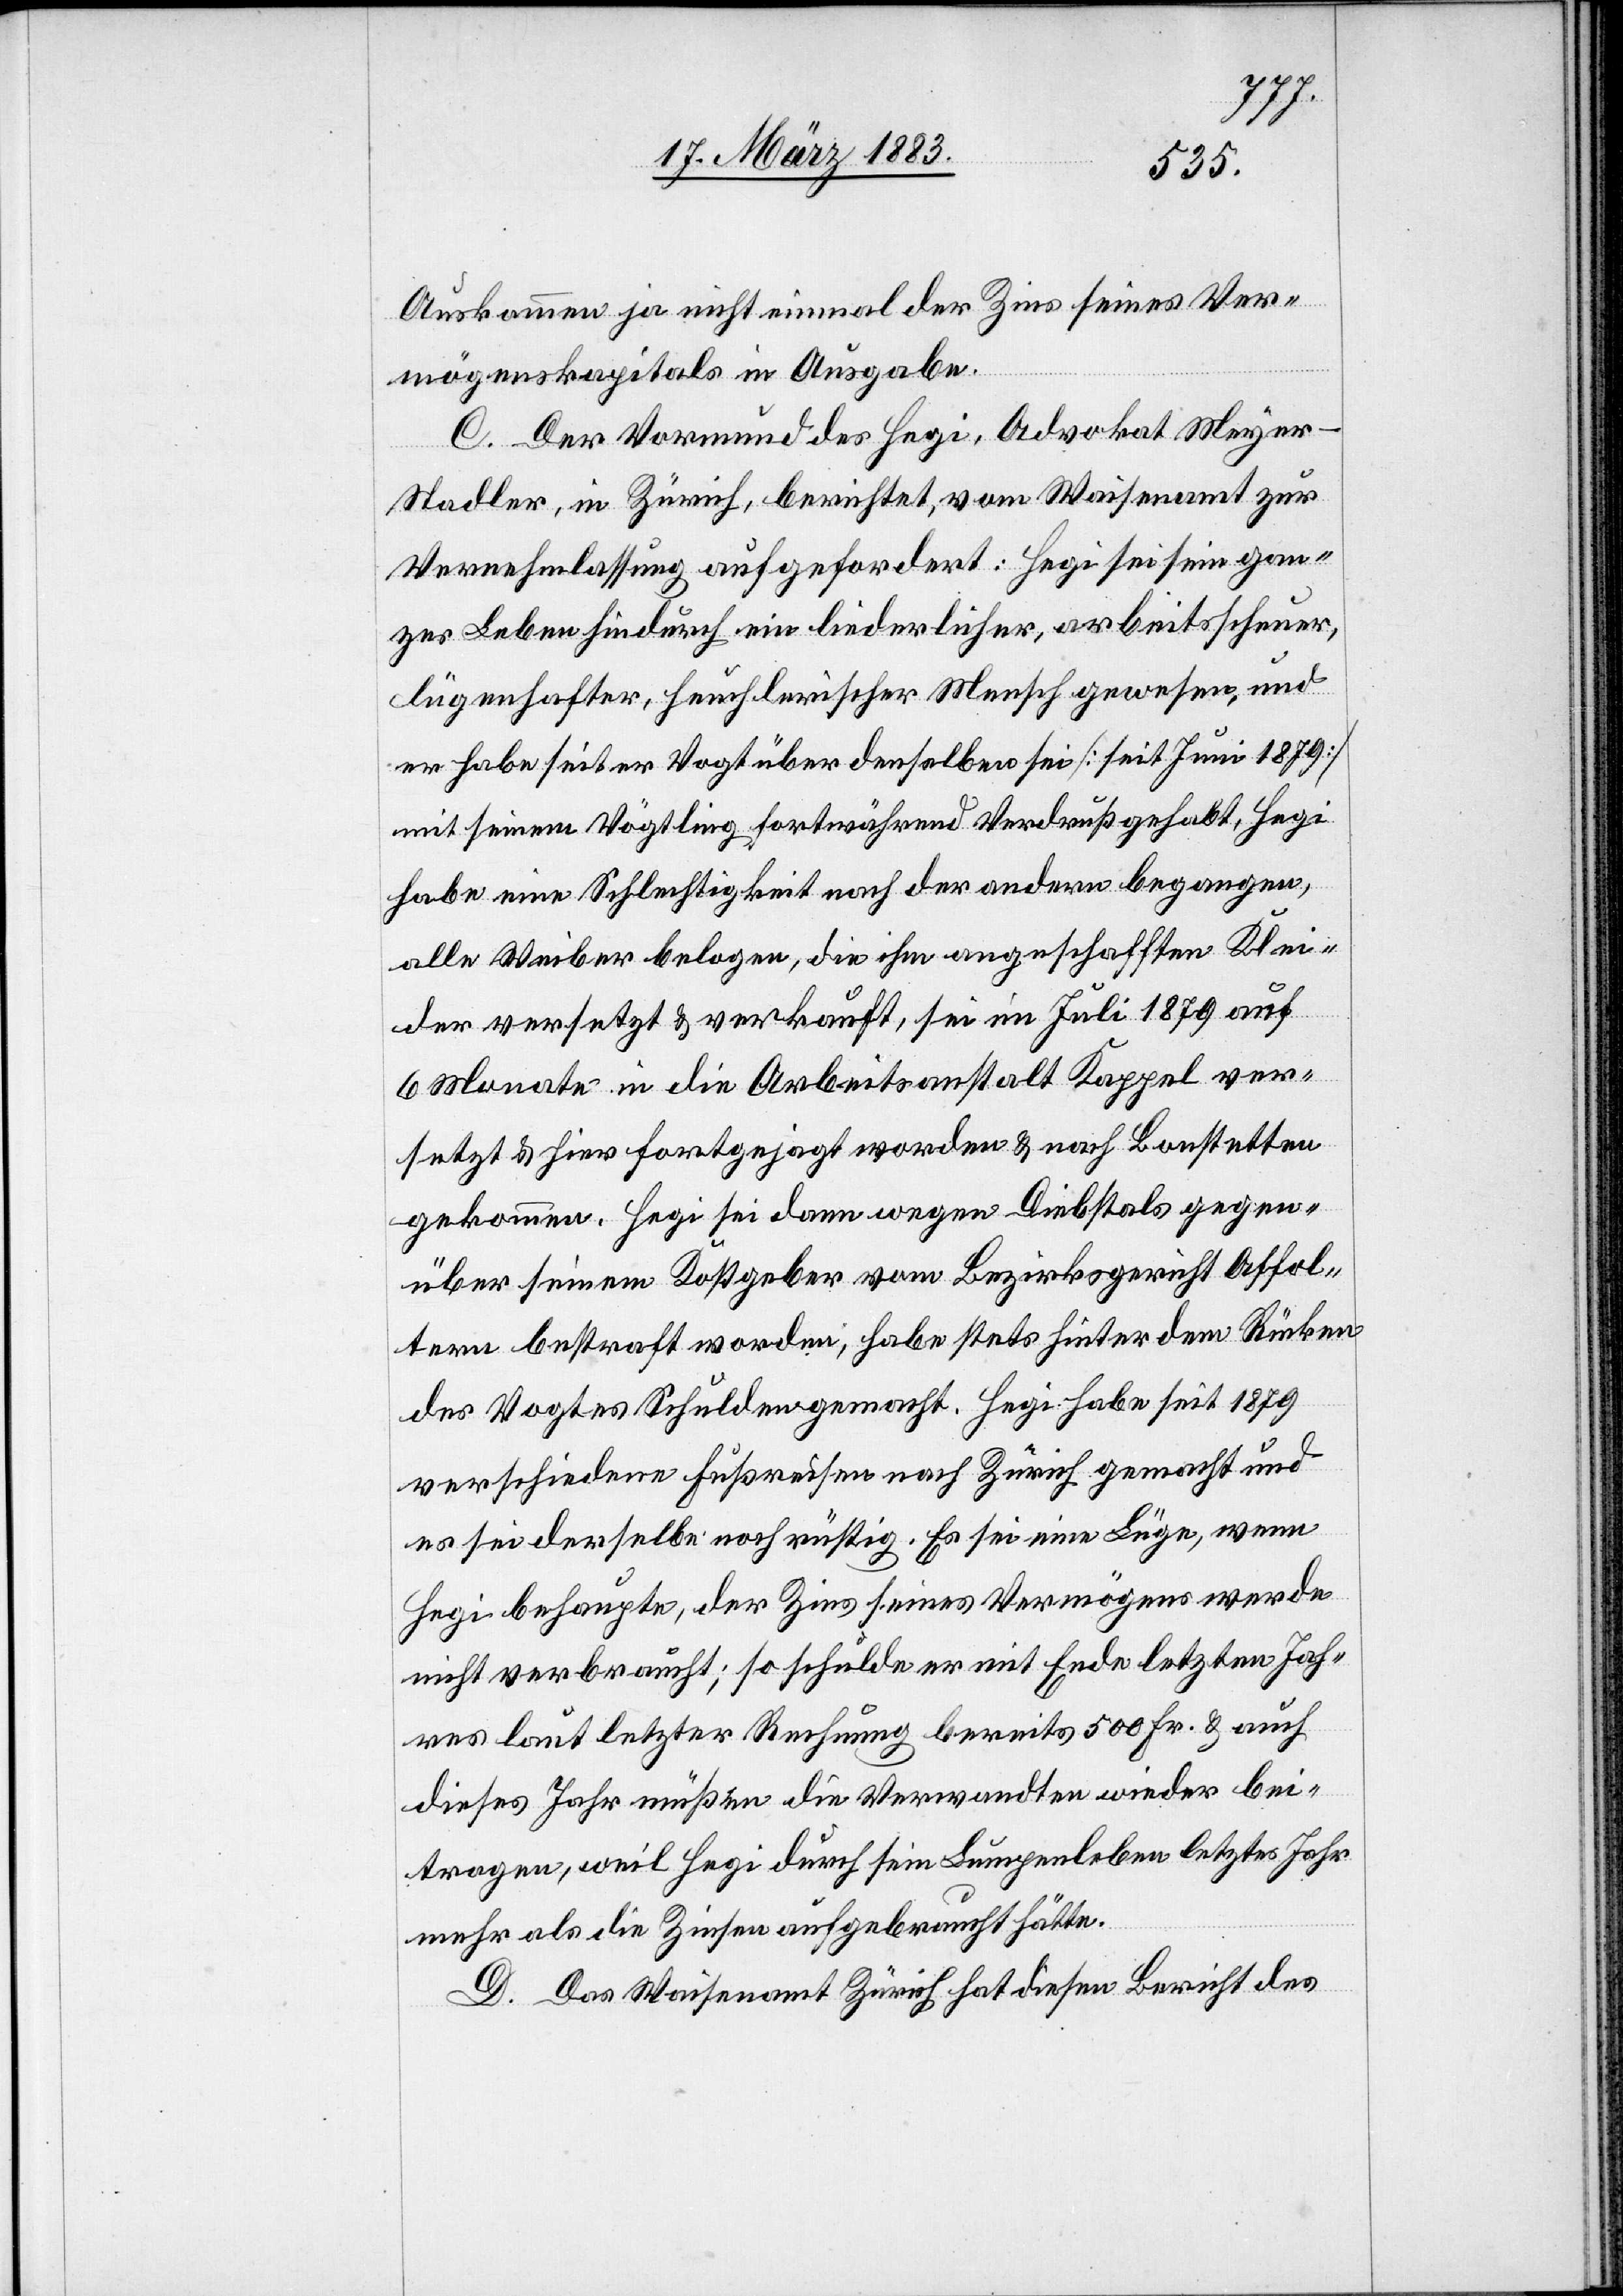
Auskommen ja nicht einmal der Zins seines Ver¬
mögenskapitals in Ausgabe.
C. Der Vormund des Hegi, Advokat Meye¬
r-Stadler, in Zürich, berichtet, vom Waisenamt zur
Vernehmlassung aufgefordert: Hegi sei sein gan¬
zes Leben hindurch ein liederlicher, arbeitsscheuer,
lügenhafter, heuchlerischer Mensch gewesen, und
er habe seit er Vogt über denselben sei [seit Juni 1879]
mit seinem Vögtling fortwährend Verdruß gehabt, Hegi
habe eine Schlechtigkeit nach der andern begangen,
alle Weiber belogen, die ihm angeschafften Klei¬
der versetzt & verkauft, sei im Juli 1879 auf
6 Monate in die Arbeitsanstalt Kappel ver¬
setzt & hier fortgejagt worden & nach Bonstetten
gekommen. Hegi sei dann wegen Diebstals gegen¬
über seinem Kostgeber vom Bezirksgericht Affol¬
tern bestraft worden, habe stets hinter dem Rücken
des Vogtes Schulden gemacht. Hegi habe seit 1879
verschiedene Fußreisen nach Zürich gemacht und
sei derselbe noch rüstig. Es sei eine Lüge, wenn
Hegi behaupte, der Zins seines Vermögens werde
nicht verbraucht; so schulde er mit Ende letzten Jah¬
res laut letzter Rechnung bereits 500 Fr. & auch
dieses Jahr müßen die Verwandten wieder bei¬
tragen, weil Hegi durch sein Lungenleben [sic!] letztes Jahr
mehr als die Zinsen aufgebraucht hätte.
D. Das Waisenamt Zürich hat diesen Bericht des